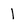
Character: 1